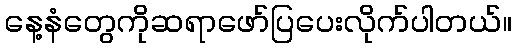
နေ့နံတွေကိုဆရာဖော်ပြပေးလိုက်ပါတယ်။